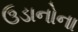
ઉડાનોના